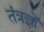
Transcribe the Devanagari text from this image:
तंत्रज्ञों